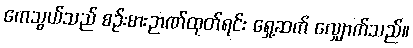
ကေသွယ်သည် စဉ်းစားဉာဏ်ထုတ်ရင်း ရှေ့ဆက် လျှောက်သည်။